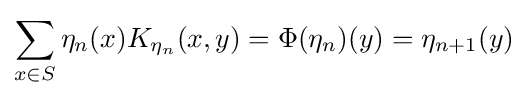
\sum _{x\in S}\eta _{n}(x)K_{\eta _{n}}(x,y)=\Phi (\eta _{n})(y)=\eta _{n+1}(y)